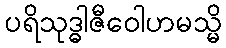
ပရိသုဒ္ဓါဇီဝေါဟမသ္မိ